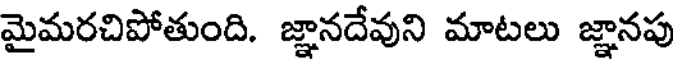
మైమరచిపోతుంది. జ్ఞానదేవుని మాటలు జ్ఞానపు